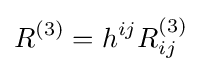
R^{(3)}=h^{ij}R_{ij}^{(3)}